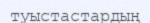
туыстастардың